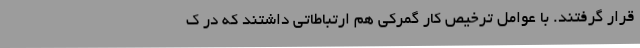
قرار گرفتند. با عوامل ترخیص کار گمرکی هم ارتباطاتی داشتند که در ک